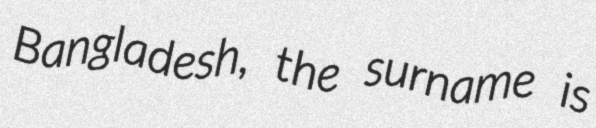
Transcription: Bangladesh, the surname is